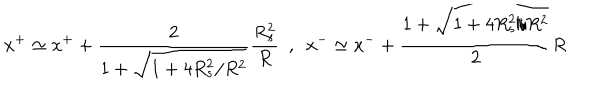
x ^ { + } \simeq x ^ { + } + \frac { 2 } { 1 + \sqrt { 1 + 4 R _ { s } ^ { 2 } / R ^ { 2 } } } \frac { R _ { s } ^ { 2 } } { R } \ \ , \ \ x ^ { - } \simeq x ^ { - } + \frac { 1 + \sqrt { 1 + 4 R _ { s } ^ { 2 } / R ^ { 2 } } } { 2 } R